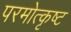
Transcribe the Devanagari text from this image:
परमोत्कृष्ट